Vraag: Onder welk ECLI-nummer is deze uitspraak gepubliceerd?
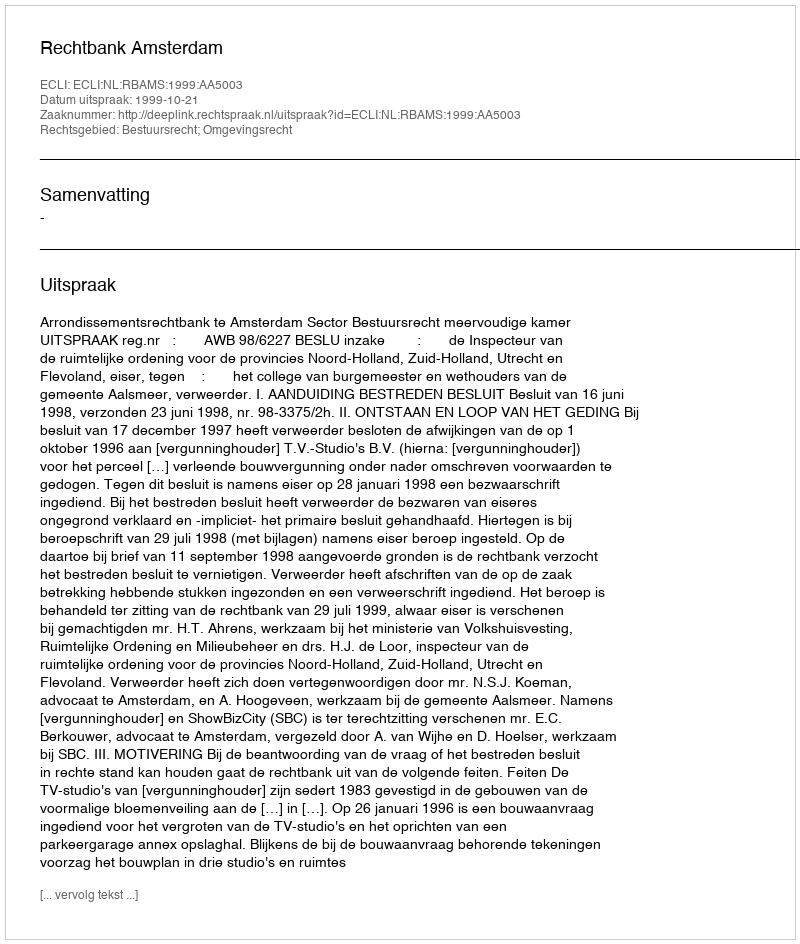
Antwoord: ECLI:NL:RBAMS:1999:AA5003